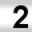
Digit: 2